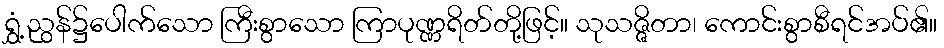
ရွှံ့ညွန်၌ပေါက်သော ကြီးစွာသော ကြာပုဏ္ဏရိတ်တို့ဖြင့်။ သုသဇ္ဇိတာ၊ ကောင်းစွာစီရင်အပ်၏။